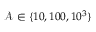
\mathcal { A } \in \{ 1 0 , 1 0 0 , 1 0 ^ { 3 } \}